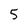
Character: 5